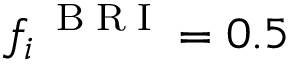
f _ { i } ^ { \mathrm { ~ \tiny ~ B ~ R ~ I ~ } } = 0 . 5